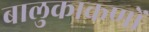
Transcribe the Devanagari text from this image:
बालुकाकणों